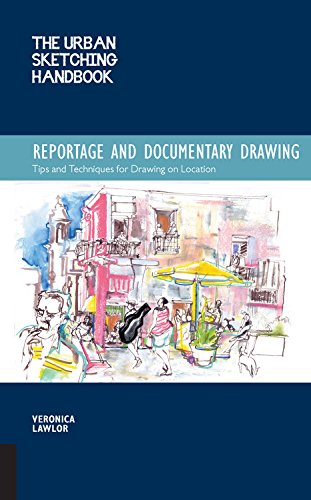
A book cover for The Urban Sketching Handbook: Reportage and Documentary Drawing: Tips and Techniques for Drawing on Location (Urban Sketching Handbooks); Veronica Lawlor; Arts & Photography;